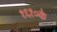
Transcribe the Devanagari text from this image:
१६१०के